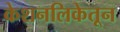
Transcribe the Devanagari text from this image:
केशनलिकेतून